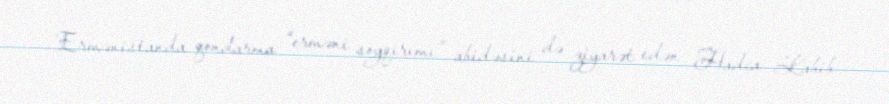
Ermənistanda qondarma “erməni soyqırımı” abidəsini də ziyarət edən Hadca Labib